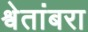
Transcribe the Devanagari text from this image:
श्वेतांबरा